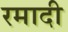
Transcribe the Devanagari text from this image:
रमादी